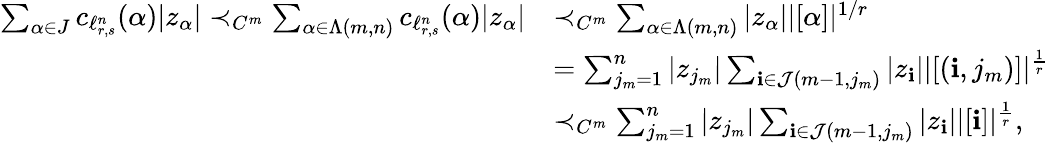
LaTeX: \begin{array}{rl}{\sum_{\alpha\in J}c_{\ell_{r,s}^{n}}(\alpha)|z_{\alpha}|\prec_{C^{m}}\sum_{\alpha\in\Lambda(m,n)}c_{\ell_{r,s}^{n}}(\alpha)|z_{\alpha}|}&{\prec_{C^{m}}\sum_{\alpha\in\Lambda(m,n)}|z_{\alpha}||[\alpha]|^{1/r}}\\ &{=\sum_{j_{m}=1}^{n}|z_{j_{m}}|\sum_{\mathbf{i}\in\mathcal J(m-1,j_{m})}|z_{\mathbf{i}}||[(\mathbf{i},j_{m})]|^{\frac{1}{r}}}\\ &{\prec_{C^{m}}\sum_{j_{m}=1}^{n}|z_{j_{m}}|\sum_{\mathbf{i}\in\mathcal J(m-1,j_{m})}|z_{\mathbf{i}}||[\mathbf{i}]|^{\frac{1}{r}},}\end{array}